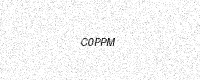
Text: C0PPM